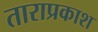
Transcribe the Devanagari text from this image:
ताराप्रकाश